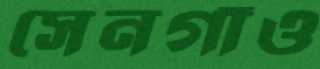
সেনগাঁও